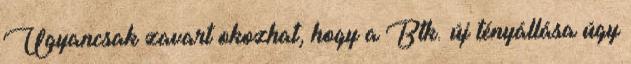
Ugyancsak zavart okozhat, hogy a Btk. új tényállása úgy